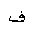
Letter: _fa